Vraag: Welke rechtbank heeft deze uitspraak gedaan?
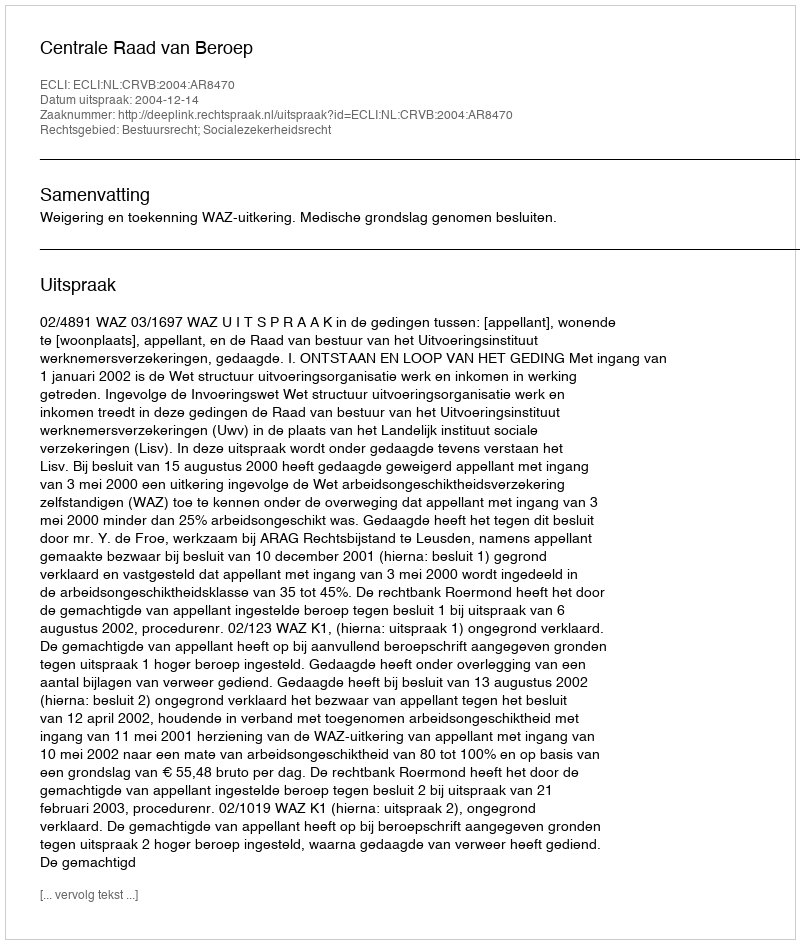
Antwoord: Centrale Raad van Beroep